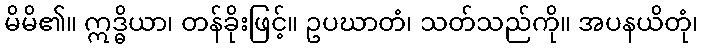
မိမိ၏။ ဣဒ္ဓိယာ၊ တန်ခိုးဖြင့်။ ဥပဃာတံ၊ သတ်သည်ကို။ အပနယိတုံ၊